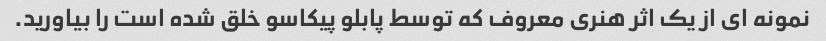
نمونه ای از یک اثر هنری معروف که توسط پابلو پیکاسو خلق شده است را بیاورید.